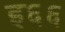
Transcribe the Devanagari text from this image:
इ६६